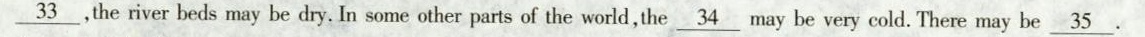
\underline{33} ,the river beds may be dry. In some other parts of the world,the \underline{34} may be very cold. There may be \underline{35} .